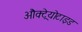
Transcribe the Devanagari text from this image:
औक्ट्रेयोटाइड